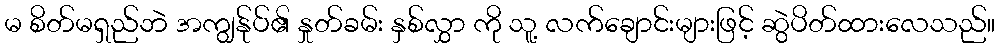
မ စိတ်မရှည်ဘဲ အကျွန်ုပ်၏ နှုတ်ခမ်း နှစ်လွှာ ကို သူ့ လက်ချောင်းများဖြင့် ဆွဲပိတ်ထားလေသည်။